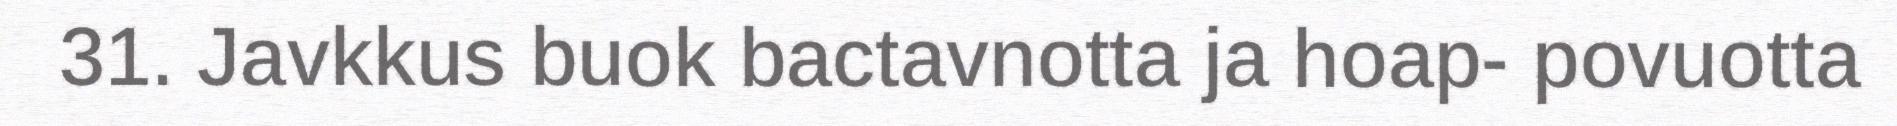
31. Javkkus buok bactavnotta ja hoap- povuotta